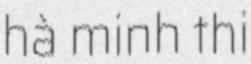
hà minh thi